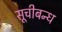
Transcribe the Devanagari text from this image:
सूचीबन्ध